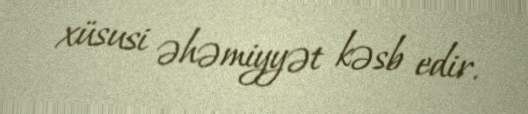
xüsusi əhəmiyyət kəsb edir.